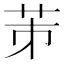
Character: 𦭄